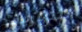
الدوريات